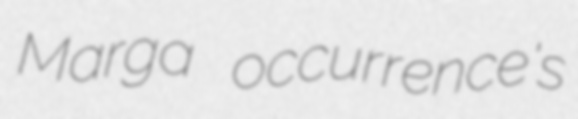
Marga occurrence's